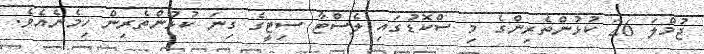
ޖުމްލަ 26 ކުޅުންތެރިންގެ މި ސްކޮޑުގައި ލެސްޓާ ސިޓީގެ ގިނަ ކުޅުންތެރިން ހިމެނެއެވެ.